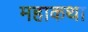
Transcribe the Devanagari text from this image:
महाकथा